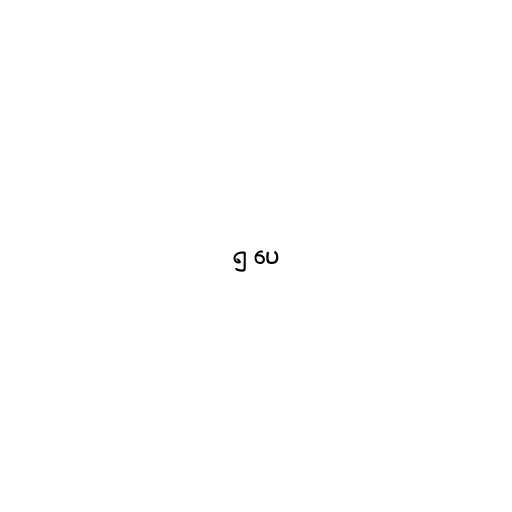
၅ ပေ